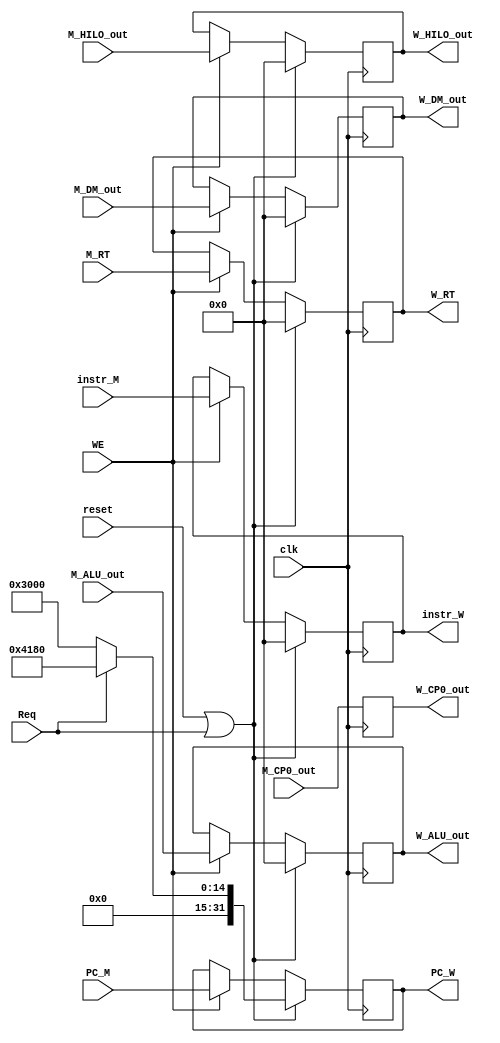
`timescale 1ns / 1ps
module WREG(
    input clk,
	 input reset,
	 input Req,
	 input WE,
    input [31:0] instr_M,
	 input [31:0] M_ALU_out,
	 input [31:0] M_DM_out,
	 input [31:0] M_RT,
	 input [31:0] PC_M,
	 input [31:0] M_HILO_out,
	 output reg[31:0] W_HILO_out,
	 output reg[31:0] instr_W,
	 output reg[31:0] W_ALU_out,
	 output reg[31:0] W_DM_out,
	 output reg[31:0] W_RT,
	 output reg[31:0] PC_W,
	 input [31:0] M_CP0_out,
	 output reg [31:0] W_CP0_out
	 );
	 
	 always@(posedge clk)begin
	     W_CP0_out <= M_CP0_out;
		  if(reset || Req)begin
		      instr_W <= 32'h0000_0000;
	         W_ALU_out <= 0;
				W_DM_out <= 0;
				W_RT <= 0;
				PC_W <= Req?32'h0000_4180:32'h0000_3000;
				W_HILO_out <= 32'h0;
		  end
		  else if(WE)begin
		      instr_W <= instr_M; 
	         W_ALU_out <= M_ALU_out;
				W_DM_out <= M_DM_out;
				W_RT <= M_RT;
				PC_W <= PC_M;
				W_HILO_out <= M_HILO_out;
		  end
	 end


endmodule